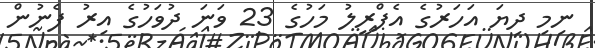
ނިމި ދިޔަ އަހަރުގެ އެޕްރީލު މަހުގެ 23 ވަނަ ދުވަހުގެ އިރު ފެނުން